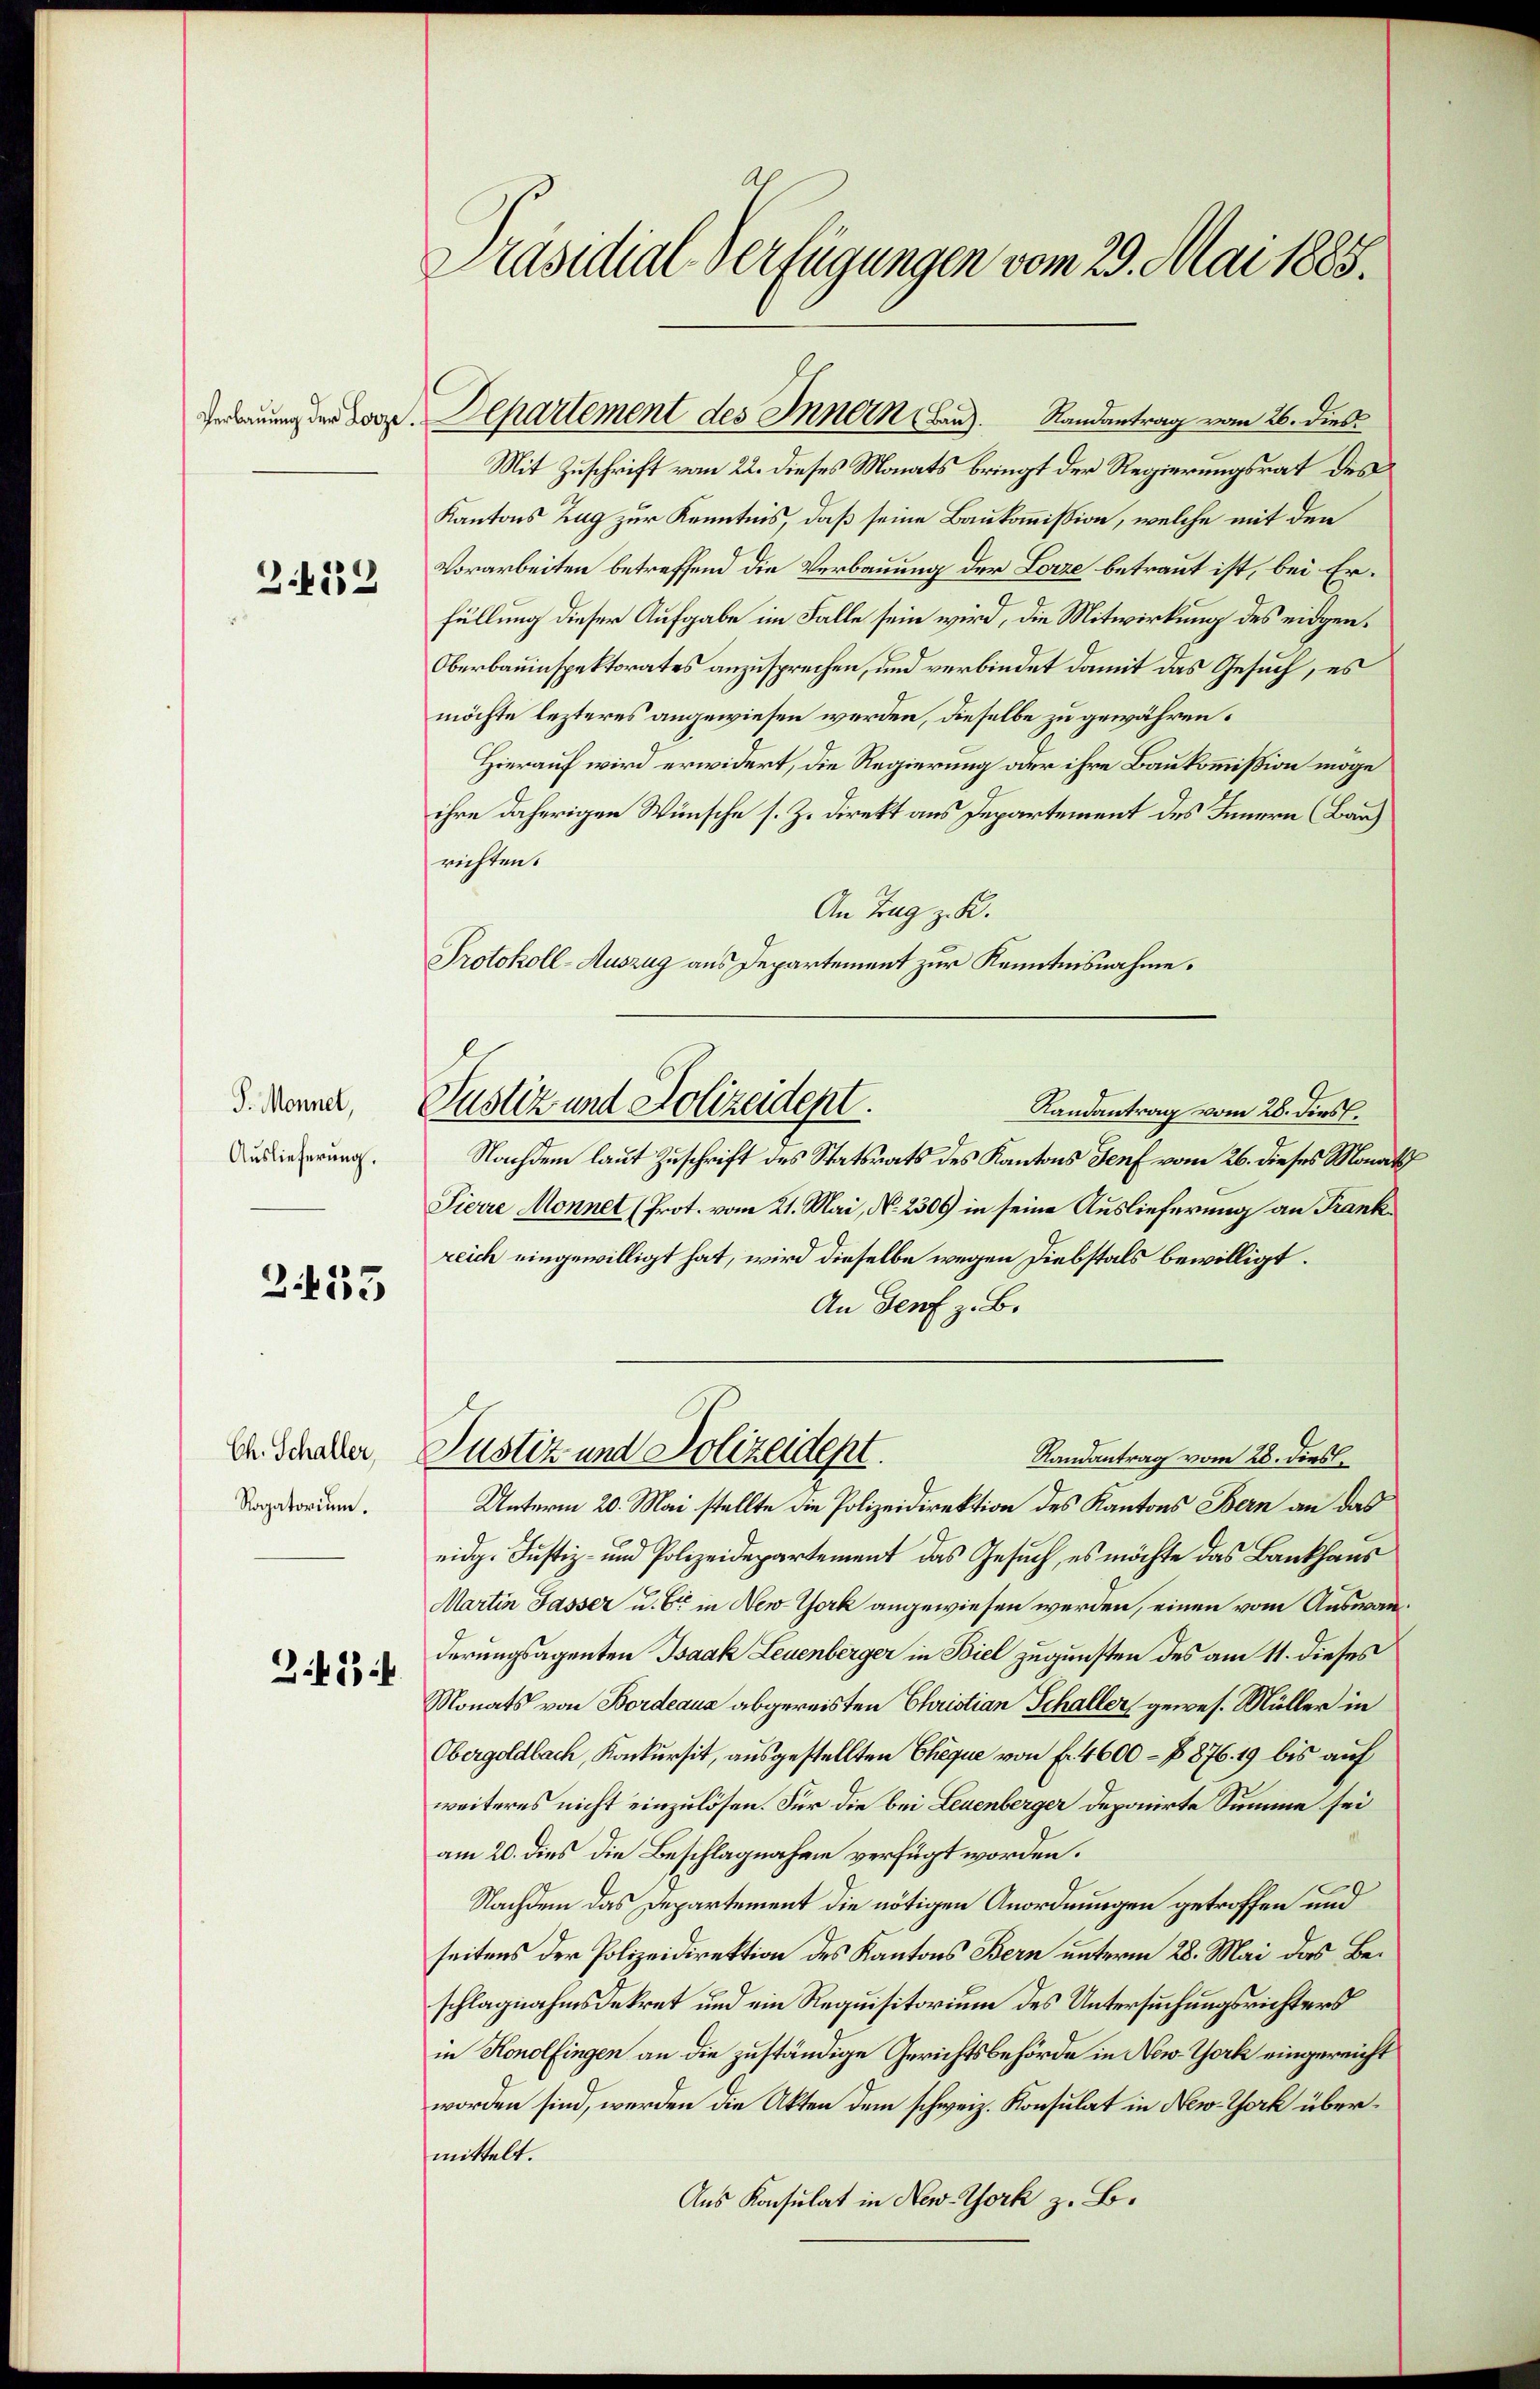
Verbauung der Lorze.

Z.422

S. Monnet,
Auslieferung.

Z 435

Ch. Schaller,
Rogatorium.

S.453f

Präsidial-Verfügungen vom 29. Mai 1885.

Mit Zuschrift vom 22. dieses Monats bringt der Regierungsrat des
Kantons Zug zur Kenntnis, daß seine Baukommission, welche mit den
Vorarbeiten betreffend die Verbauung der Lorze betraut ist, bei Erfüllung dieser Aufgabe im Falle sein wird, die Mitwirkung des eidgen.
Oberbauinspektorates anzusprechen, und verbindet damit das Gesuch, es
möchte lezteres angewiesen werden, dieselbe zu gewähren.
Hierauf wird erwidert, die Regierung oder ihre Baukommission möge
ihre daherigen Wünsche s. Z. direkt aus Departement des Innern (Bau
richten.
An Tag z. R.
Protokoll-Auszug aus Departement zur Kenntnisnahme.
Randantrag vom 28. dies.
Nachdem laut Zuschrift des Statsrats des Kantons Genf vom 26. dieses Monats
Pierre Monnet (Prot. vom 21. Mai, No. 2300 in seine Auslieferung an Frankreich eingewilligt hat, wird dieselbe wegen Diebstals bewilligt.
An Genf z. B.
Justiz und Polizeidept.
Randantrag vom 28. dies.
Unterm 20. Mai stellte die Polizeidirektion des Kantons Bern an das
eidg. Justiz- und Polizeidepartement das Gesuch, es möchte das Bankhaus
Martin Jasser u. Er in New-York angewiesen werden, einen vom Auswanderungsagenten Isaak Leuenberger in Biel zugunsten des am 11. dieses
Monats von Bordeaus abgereisten Christian Schaller, gewes. Müller in
Obergoldlach, Konkursit, ausgestellten Cheque von f. 4600 – § 876. 19 bis auf
weiteres nicht einzulösen. Für die bei Leuenberger deponirte Summe sei
am 20. dies die Beschlagnahme verfügt worden.
e
Nachdem das Departement die nötigen Anordnungen getroffen und
seitens der Polizeidirektion des Kantons Bern unterm 28. Mai das Beschlagnahmsdekret und ein Requisitorium des Untersuchungsrichters
in Konolfingen an die zuständige Gerichtsbehörde in New-York eingereicht
worden sind, werden die Akten dem schweiz. Konsulat in New-York übermittelt.
Aus Konsulat in New-York z. B.

Departement des Innern Band. Randantrag vom 26. dies

Justiz und Polizeident.